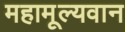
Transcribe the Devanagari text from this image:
महामूल्यवान